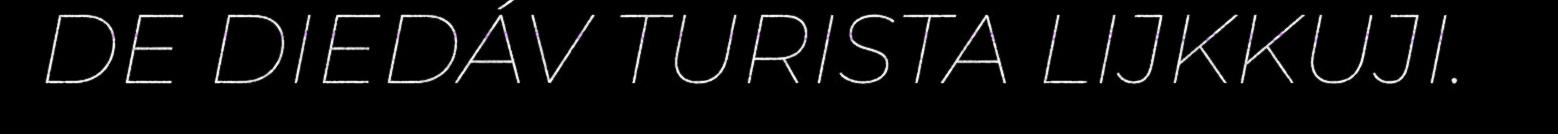
DE DIEDÁV TURISTA LIJKKUJI.